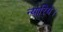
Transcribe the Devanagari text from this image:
न्यारिये।